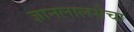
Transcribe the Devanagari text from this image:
ज्ञानलालसेचा